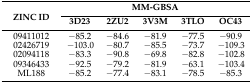
| <ROWSPAN=2> ZINC ID | <COLSPAN=5> MM-GBSA |
 | 3D23 | 2ZU2 | 3V3M | 3TLO | OC43 |
 | --- | --- | --- | --- | --- | --- |
 | 09411012 | −85.2 | −84.6 | −81.9 | −77.5 | −90.9 |
 | 02426719 | −103.0 | −80.7 | −85.5 | −73.7 | −109.3 |
 | 02094118 | −83.3 | −90.8 | −69.8 | −82.8 | −102.8 |
 | 09346433 | −92.5 | −79.2 | −81.9 | −63.1 | −103.4 |
 | ML188 | −85.2 | −77.4 | −83.1 | −78.5 | −85.3 |